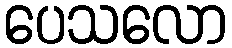
ပေသလော